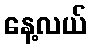
နေ့လယ်